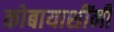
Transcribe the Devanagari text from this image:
कोबायाशींनी